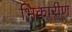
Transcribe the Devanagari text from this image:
भिकारीण